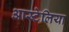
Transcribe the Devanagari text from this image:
आस्र्टेलिया